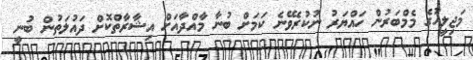
މަޖިލީހުގެ މެމްބަރުން ހައްޔަރު ނުކުރެވޭނެ ކަމަށް ބުނާ މާއްދާއަށް އިޝާރާތްކޮށް ދައުލަތުން ބުނީ